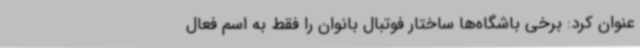
عنوان کرد: برخی باشگاه‌ها ساختار فوتبال بانوان را فقط به اسم فعال